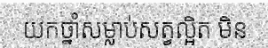
យកថ្នាំសម្លាប់សត្វល្អិត មិន